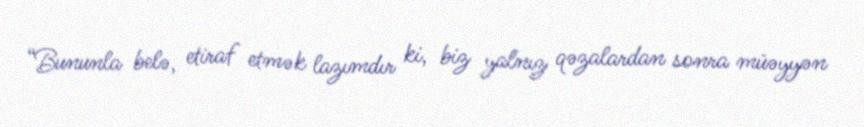
“Bununla belə, etiraf etmək lazımdır ki, biz yalnız qəzalardan sonra müəyyən